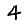
Digit: 4